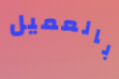
بالعميل